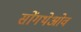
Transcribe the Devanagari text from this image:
सोंगथेओव